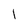
Character: 1